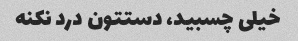
خیلی چسبید، دستتون درد نکنه